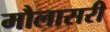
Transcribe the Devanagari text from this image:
मौलासरी